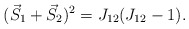
\begin{align*}(\vec S_1+\vec S_2)^2 = J_{12}(J_{12}-1). \end{align*}